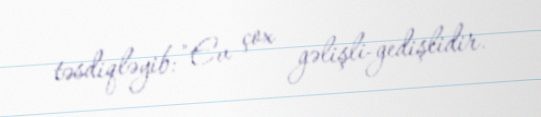
təsdiqləyib: "Ev çox gəlişli-gedişlidir.